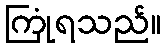
ကြုံရသည်။